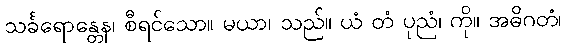
သင်္ခရောန္တေန၊ စီရင်သော။ မယာ၊ သည်။ ယံ တံ ပုညံ၊ ကို။ အဓိဂတံ၊